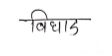
मजकूर: विघाड